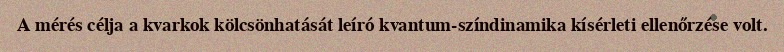
A mérés célja a kvarkok kölcsönhatását leíró kvantum-színdinamika kísérleti ellenőrzése volt.